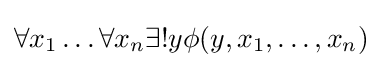
\forall x_{1}\dots \forall x_{n}\exists !y\phi (y,x_{1},\dots ,x_{n})